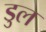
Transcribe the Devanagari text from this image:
डुल